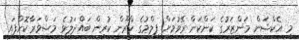
މި އެކްޝަން މަންޒަރުގެ ކަންކަން ރޭވުމަށް ފިލްމުގެ ކްރޫން ކުރިން ބައްދަލުވެ މަޝްވަރާކޮށްފައި